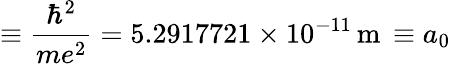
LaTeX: \equiv\frac{\hbar^{2}}{me^{2}}=5.2917721\times 10^{-11}\, \mathrm{m}\, \equiv a_{0}